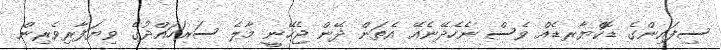
ސިފައިންގެ ޑޮކްޔާރޑެއް ވެސް ނެހެދޭނެއޭ އެތަން ދޭން ޖެހޭނީ މާލެ ސަރަހައްދުގެ ވިޔަފާރިވެރިން